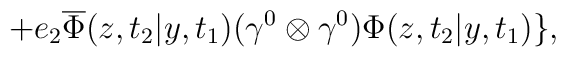
+ e_2 \overline{\Phi}(z,t_2|y,t_1) ({\gamma}^0\otimes {\gamma}^0) {\Phi}(z,t_2|y,t_1) \},